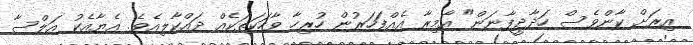
އިރަށް ކާންވެސް ހަދާދީފާނަން" އާމިރާ އެއްފަހަރުން ހުރިހާ ވާހަކަތަކެއް ދައްކާލިއެވެ. އެޔާއެކު އަލްސާ